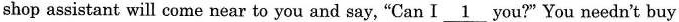
shop assistant will come near to you and say,"Can I \underline{ 1} you?"You needn't buy